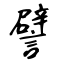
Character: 譬